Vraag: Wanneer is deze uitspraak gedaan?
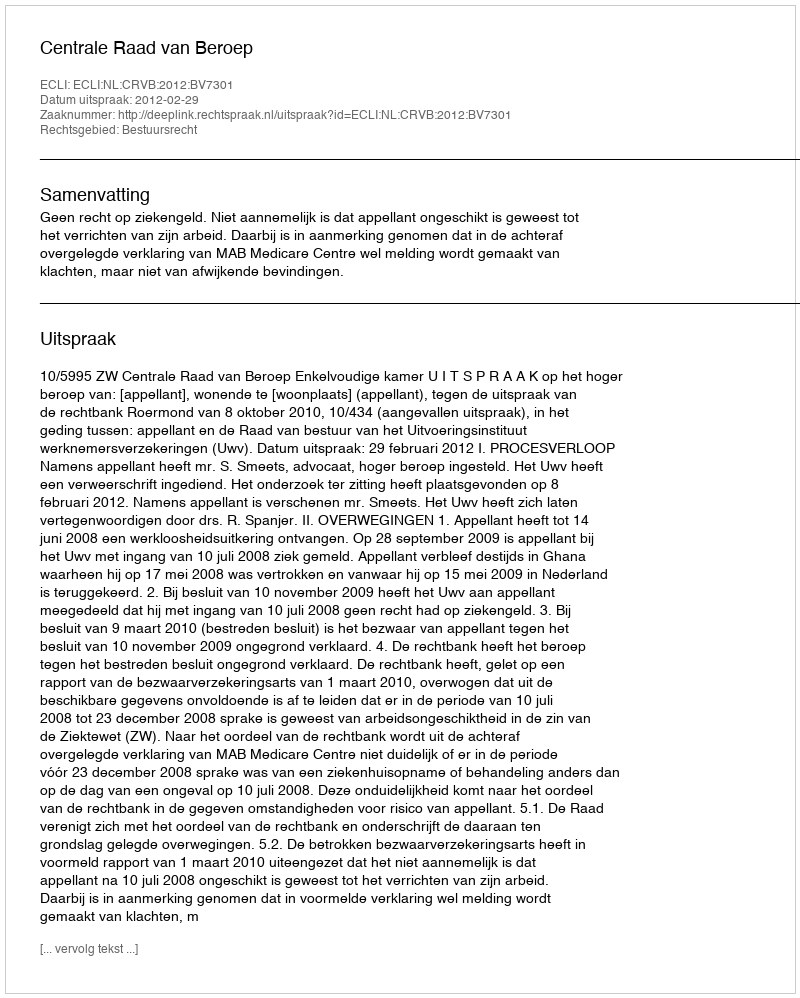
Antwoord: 2012-02-29